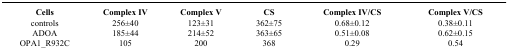
<table><thead><tr><td><b>Cells</b></td><td><b>Complex IV</b></td><td><b>Complex V</b></td><td><b>CS</b></td><td><b>Complex IV/CS</b></td><td><b>Complex V/CS</b></td></tr></thead><tbody><tr><td>controls</td><td>256±40</td><td>123±31</td><td>362±75</td><td>0.68±0.12</td><td>0.38±0.11</td></tr><tr><td>ADOA</td><td>185±44</td><td>214±52</td><td>363±65</td><td>0.51±0.08</td><td>0.62±0.15</td></tr><tr><td>OPA1_R932C</td><td>105</td><td>200</td><td>368</td><td>0.29</td><td>0.54</td></tr></tbody></table>